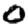
Digit: 0